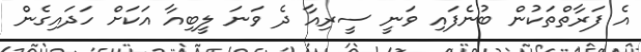
އެ ފަރާތްތަކުން ބުނެފައި ވަނީ ސީރިއާ ދެ ވަނަ ލީބިއާ އަކަށް ހަދައިގެން